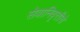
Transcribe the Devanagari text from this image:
सेवानिवृत्तीचे